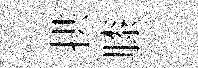
拱膝